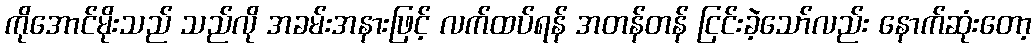
ကိုအောင်မိုးသည် သည်လို အခမ်းအနားဖြင့် လက်ထပ်ရန် အတန်တန် ငြင်းခဲ့သော်လည်း နောက်ဆုံးတော့